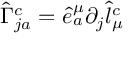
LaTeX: \hat { \Gamma } _ { j a } ^ { c } = \hat { e } _ { a } ^ { \mu } \partial _ { j } \hat { l } _ { \mu } ^ { c }